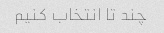
چند تا انتخاب کنیم